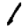
Digit: 1